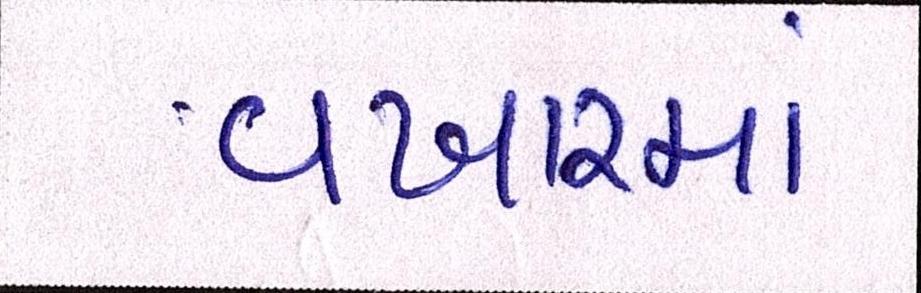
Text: વખારમાં